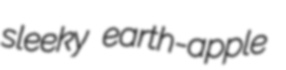
sleeky earth-apple